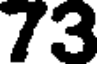
73